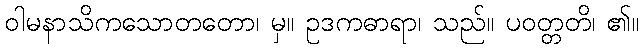
ဝါမနာသိကသောတတော၊ မှ။ ဥဒကဓာရာ၊ သည်။ ပဝတ္တတိ၊ ၏။